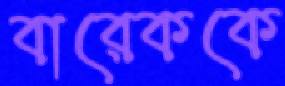
বারেককে